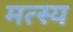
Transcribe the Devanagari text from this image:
मत्स्‍य